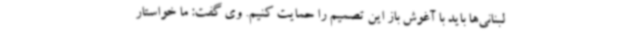
لبنانی‌ها باید با آغوش باز این تصمیم را حمایت کنیم. وی گفت: ما خواستار